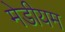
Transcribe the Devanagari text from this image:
मेडीयम